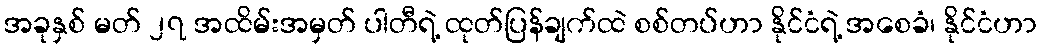
အခုနှစ် မတ် ၂၇ အထိမ်းအမှတ် ပါတီရဲ့ ထုတ်ပြန်ချက်ထဲ စစ်တပ်ဟာ နိုင်ငံရဲ့ အစေခံ၊ နိုင်ငံဟာ